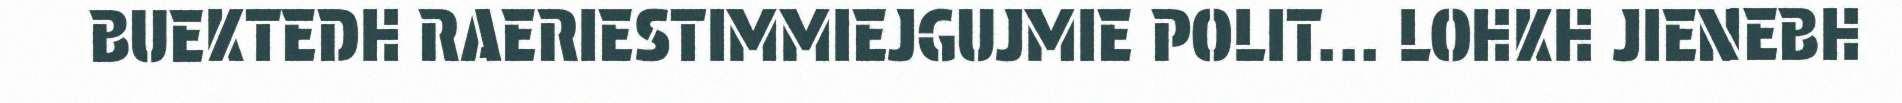
BUEKTEDH RAERIESTIMMIEJGUJMIE POLIT... LOHKH JIENEBH